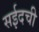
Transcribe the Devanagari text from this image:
सईदची